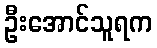
ဦးအောင်သူရက